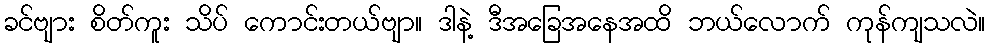
ခင်ဗျား စိတ်ကူး သိပ် ကောင်းတယ်ဗျာ။ ဒါနဲ့ ဒီအခြေအနေအထိ ဘယ်လောက် ကုန်ကျသလဲ။